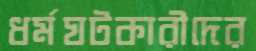
ধর্মঘটকারীদের